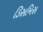
ડિસમિસ